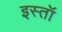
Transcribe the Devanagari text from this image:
इस्तॉ